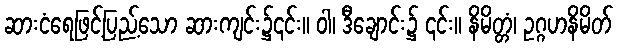
ဆားငံရေဖြင့်ပြည့်သော ဆားကျင်း၌၎င်း။ ဝါ၊ ဒီချောင်း၌ ၎င်း။ နိမိတ္တံ၊ ဥဂ္ဂဟနိမိတ်